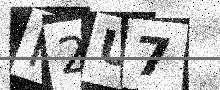
Text: K2U7